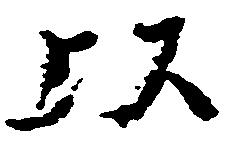
以